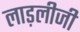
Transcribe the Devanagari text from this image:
लाड़लीजी